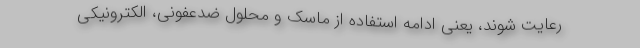
رعایت شوند، یعنی ادامه استفاده از ماسک و محلول ضدعفونی، الکترونیکی